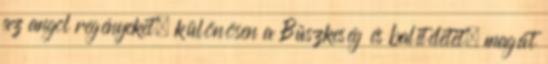
az angol regényeket, különösen a Büszkeség és balítéletet, magát